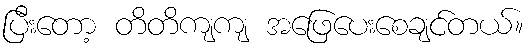
ပြီးတော့ တိတိကျကျ အဖြေပေးစေချင်တယ်။